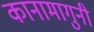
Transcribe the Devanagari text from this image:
कानामागुनी